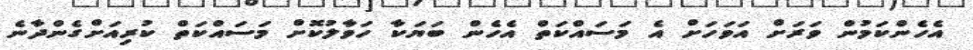
އެހެންކަމުން ވަރަށް އަވަހަށް އެ މަސައްކަތް އެހެން ބަޔަކާ ހަވާލުކޮށް މަސައްކަތް ކުރިއަށްގެންދާނެ